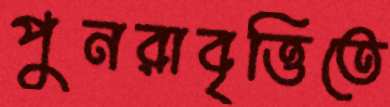
পুনরাবৃত্তিতে